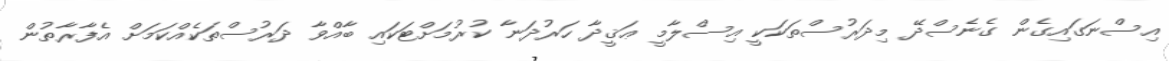
އިސްނަގައިގެން ގެނެސްދޭ މިދަރުސްތަކަކީ އިސްލާމީ ޢަޤީދާ ހަރުދަނާ ކުރުމަށްޓަކައި ބާއްވާ ދަރުސްތަކެއްކަމަށް އެފާރާތުން